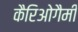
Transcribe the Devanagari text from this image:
कैरिओगैमी